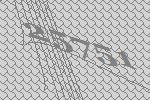
25751